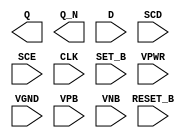
module sky130_fd_sc_hd__sdfbbp (
    Q      ,
    Q_N    ,
    D      ,
    SCD    ,
    SCE    ,
    CLK    ,
    SET_B  ,
    RESET_B,
    VPWR   ,
    VGND   ,
    VPB    ,
    VNB
);

    output Q      ;
    output Q_N    ;
    input  D      ;
    input  SCD    ;
    input  SCE    ;
    input  CLK    ;
    input  SET_B  ;
    input  RESET_B;
    input  VPWR   ;
    input  VGND   ;
    input  VPB    ;
    input  VNB    ;
endmodule